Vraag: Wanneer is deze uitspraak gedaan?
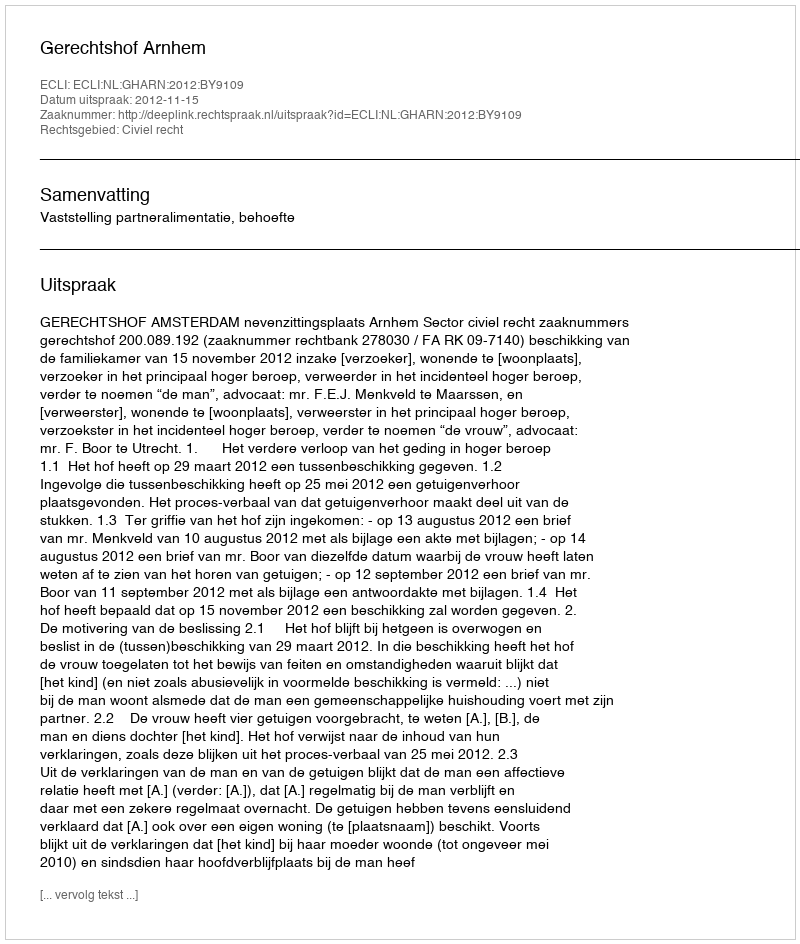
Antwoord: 2012-11-15